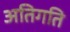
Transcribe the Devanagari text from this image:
अतिगति